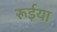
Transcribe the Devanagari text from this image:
रूईया